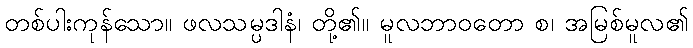
တစ်ပါးကုန်သော။ ဖလသမ္ပဒါနံ၊ တို့၏။ မူလဘာဝတော စ၊ အမြစ်မူလ၏